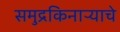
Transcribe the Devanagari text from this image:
समुद्रकिनाऱ्याचे